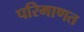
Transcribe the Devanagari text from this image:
परिमाणत